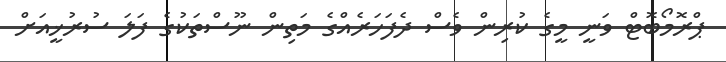
ޕްރޮމޯބޮޓް ވަނީ މީގެ ކުރިން ވެސް ދެފަހަރެއްގެ މަތިން ނޫސްތަކުގެ ފަލަ ސުރުޚީއަށް